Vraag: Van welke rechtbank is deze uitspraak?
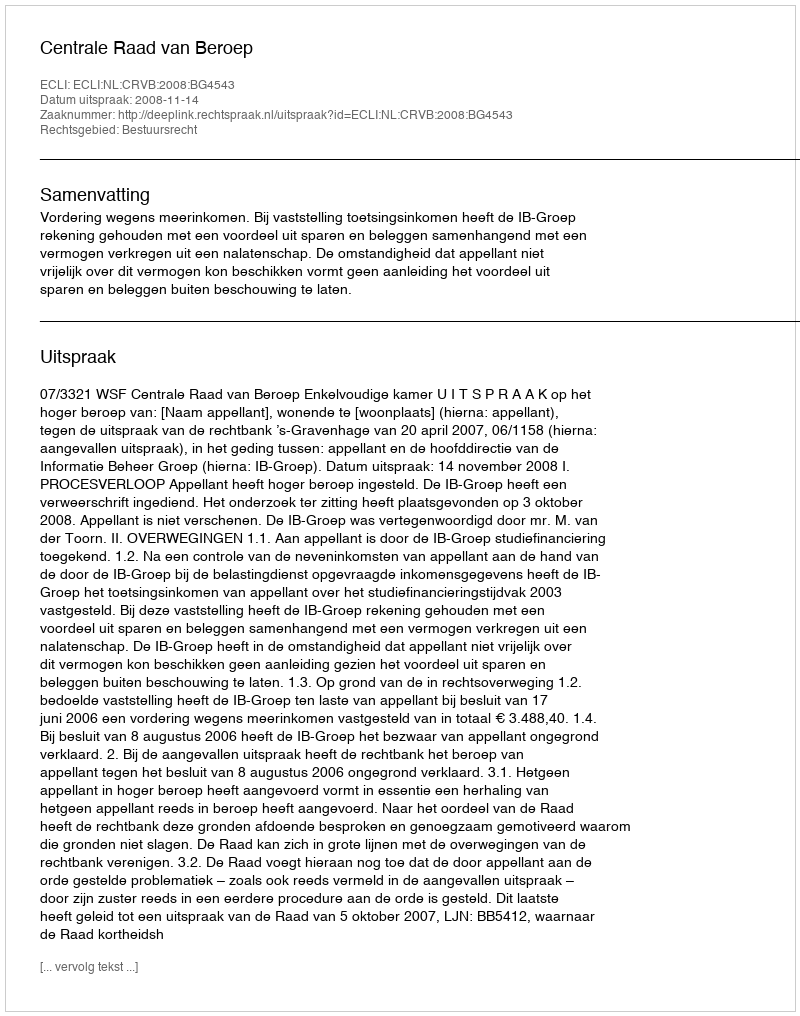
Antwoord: Centrale Raad van Beroep